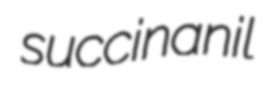
succinanil